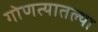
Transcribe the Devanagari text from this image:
गोणत्यातल्या